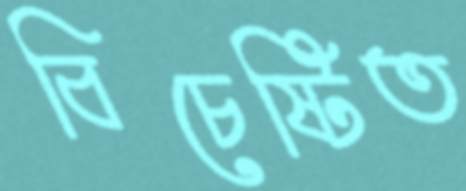
বিচেষ্টিত